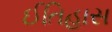
ઈતિહાસ